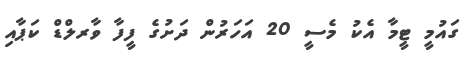
ގައުމީ ޓީމާ އެކު މެސީ 20 އަހަރުން ދަށުގެ ފީފާ ވާރލްޑް ކަޕާއި